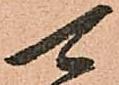
可